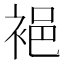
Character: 𲀲